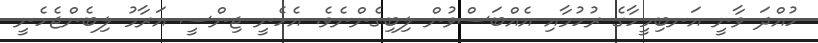
ހުއްދަ ވާނީ އަނބިމީހާގެ ރުހުމާއި އެއްބަސްވުން ލިބިގެންނެވެ. އެހެނީ ޖިންސީ އަރާމު ލިބެންޖެހެނީ